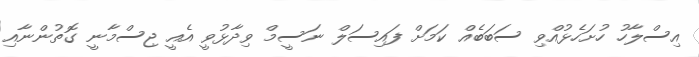
އިސްލާހު ހުށަހެޅުއްވި ސަބަބެއް ކަމަށް ފައިސަލް ނަސީމް ވިދާޅުވީ އެއީ ޖިސްމާނީ ގޮތުންނާއި